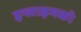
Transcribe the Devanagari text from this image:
इन्जाइमको